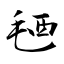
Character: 毢